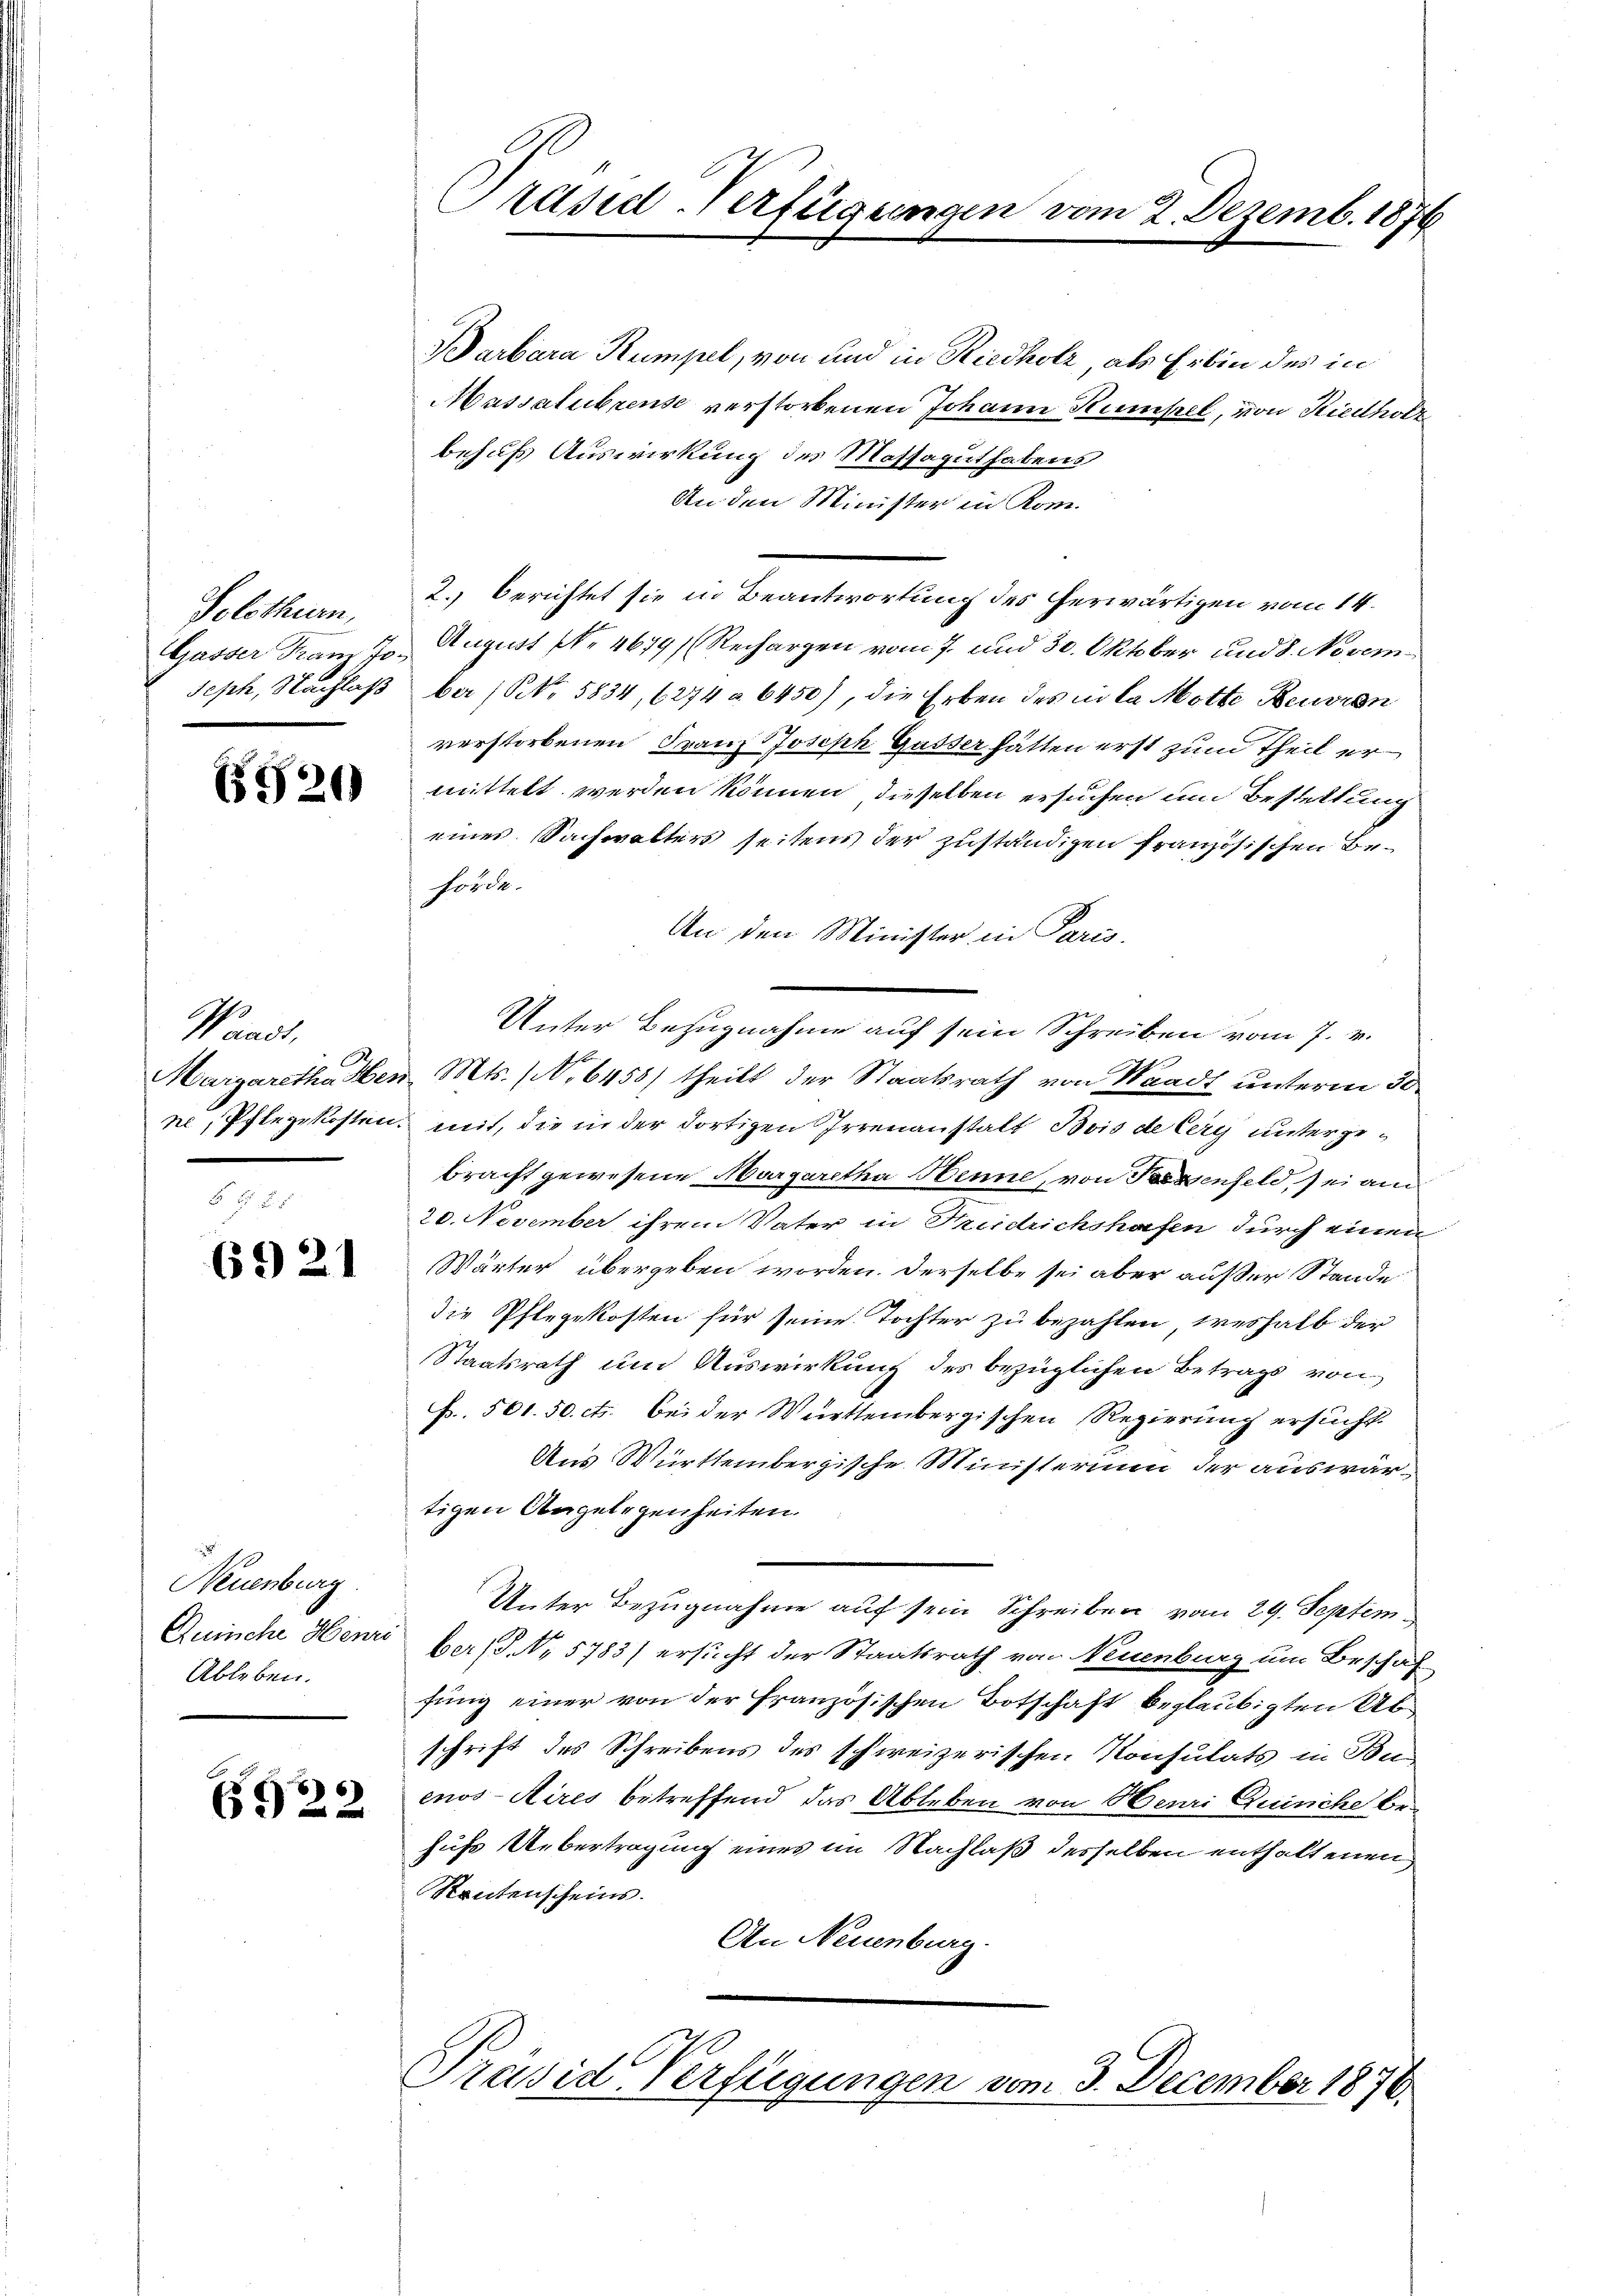
Solothurn,
Gasser Tram Joseph, Nachlass

6920

Waadt,
Margaretha Hen

6921

Neuenburg
Quinche Genie
Ableben.

6922

Präsid-Verfügungen

Barbara Stumpel, von und in Riedholz, als Erbin des in
Massalubrense verstorbenen Johann Kumpel, von Riedholz
behufs Auswirkung des Massagut habens
An den Minister in Kom¬
2. berichtet sie in Beantwortung des herwärtigen vom 14.
August No 4679/ (Rechargen vom 7. und 30. Oktober und 8. November 1. No. 5834, 6274 u. 6450), die Erben des in da Motte Beuren
verstorbenen Franz Joseph Gusser hätten erst zum Theil ermittelt werden können, dieselben ersuchen und Bestellung
eines Sachwalters seitens der zuständigen französischen Behörde.
An den Minister in Paris.
Unter Bezugnahme auf sein Schreiben vom 7. v.
 Mts. (No 6458) theilt der Staatsrath von Waadt unterm 30.
ne, Pflegekosten, mit, die in der dortigen Irrenanstalt Bois de Cery untergebracht gewesene Margaretha Henne, von Kessenfeld, sei am
20. November ihrem Vater in Fridrichshofen durch einen
Wärter übergeben worden. Derselbe sei aber außer Stande
die Pflegekosten für seine Tochter zu bezahlen, weshalb der
Staatsrath um Auswirkung des bezüglichen Betrags von
f. 501.50 cts. bei der Württembergischen Regierung ersucht
Aus Württembergische Ministerium der auswärtigen Angelegenheiten.
Unter Bezugnahme auf sein Schreiben vom 29. Septem
ber (§. No 5783) ersucht der Staatsrath von Neuenburg um Beschäf-
fung einer von der französischen Botschaft beglaubigten Abschrift des Schreibens des schweizerischen Konsulats in Bu
enos-Aires betreffend das Ableben von Henri Quische behufs Uebertragung eines im Nachlaß desselben enthaltenen
Stentenscheins.
An Neuenburg.

vom 2. Dezemb. 1876

Präsid. Verfügungen vom 3. December 1870.